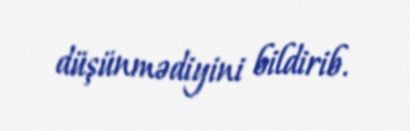
düşünmədiyini bildirib.